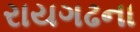
રાયગઢના